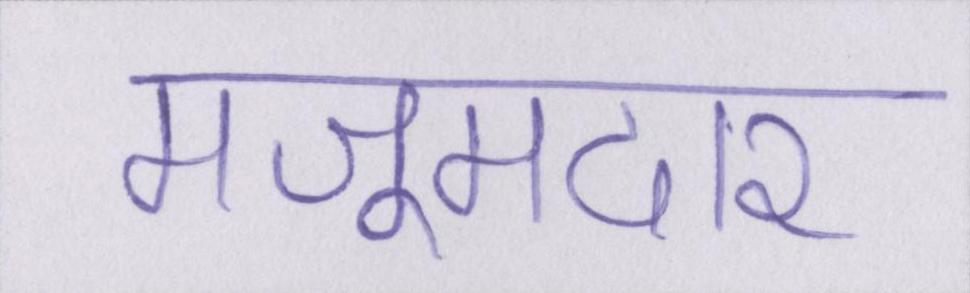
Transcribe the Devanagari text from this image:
मजूमदार